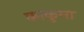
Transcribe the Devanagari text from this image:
काकुमा